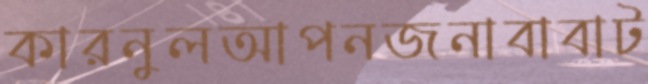
কারনুলআপনজনাবাবাট